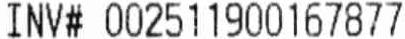
INV# 002511900167877